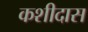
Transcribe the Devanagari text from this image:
कशीदास